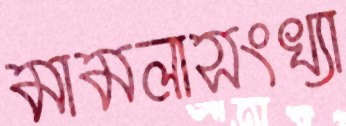
মামলাসংখ্যা